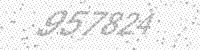
Solution: 957824